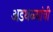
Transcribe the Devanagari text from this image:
अडथळ्यांची